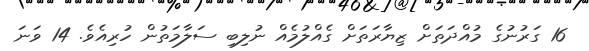
16 ގަރުނުގެ މުއްދަތަށް ޒިޔާރަތަށް ގެއްލުމެއް ނުލިބި ސަލާމަތުން ހުރިއެވެ. 14 ވަނަ